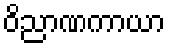
ဝိညာဏကာယာ